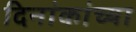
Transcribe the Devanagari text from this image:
दिनांकांच्या